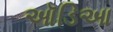
ઑડિઆ